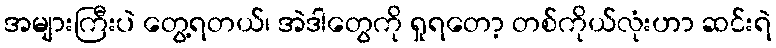
အများကြီးပဲ တွေ့ရတယ်၊ အဲဒါတွေကို ရှုရတော့ တစ်ကိုယ်လုံးဟာ ဆင်းရဲ